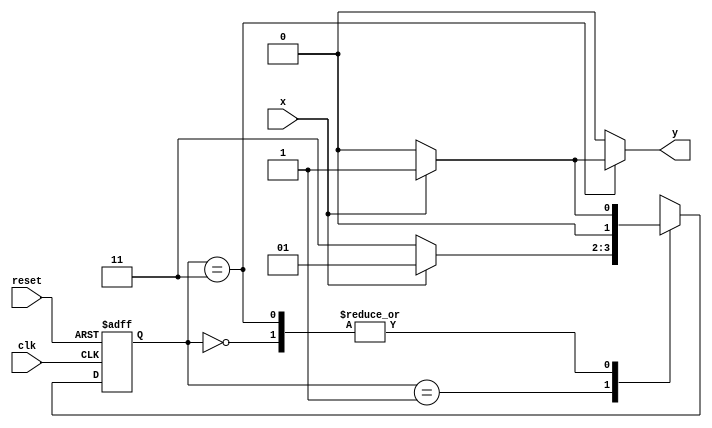
// -----------------------------------------
// - Guia 07 - Wender Zacarias Xavier - 427472
// - Exemplo0052.v
// - Cincia da Computao - 2Perodo
// ----------------------------------------- 

// --------------
// --- Mealy FSM
// --------------


// constant definitions
     `define found 1
     `define notfound 0

// FSM by Mealy
   
    module exemplo0052 ( y, x, clk, reset );
	output y;
	input x;
	input clk;
	input reset;
	reg y;

   parameter // state identifiers
	start = 2'b00,
	  id1 = 2'b01,
	 id10 = 2'b00,
	id101 = 2'b11;
   reg [1:0] E1; // current state variables
   reg [1:0] E2; // next state logic output

// next state logic

	always @( x or E1 )
	  begin
	y = `notfound;
	  case ( E1 )
    start:
	if ( x )
	    E2 = id1;
	else
	    E2 = start;
	  id1:
	if ( x )
	    E2 = id1;
	else
	    E2 = id101;
	  id101:
	if ( x )
	  begin
	    E2 = id1;
	    y = `found;
    end
	else

 	begin
	    E2 = start;
	    y = `notfound;
    end

	default: // undefined state
	
	    E2 = 2'bxx;
    endcase

    end // always at signal or state changing

// state variables

	always @( posedge clk or negedge reset )
     begin
	if ( reset )
	     E1 = E2; // updates current state
	else
	     E1 = 0; // reset

    end // always at signal changing

endmodule // exemplo0052